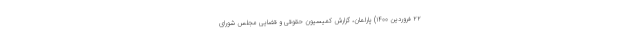
۲۲ فروردین ۱۴۰۰) پارلمان، گزارش کمیسیون حقوقی و قضایی مجلس شورای